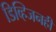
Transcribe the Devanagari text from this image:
डिव्हिजनही